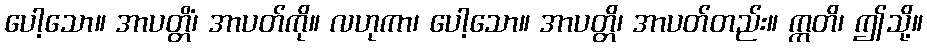
ပေါ့သော။ အာပတ္တိံ၊ အာပတ်ကို။ လဟုကာ၊ ပေါ့သော။ အာပတ္တိ၊ အာပတ်တည်း။ ဣတိ၊ ဤသို့။